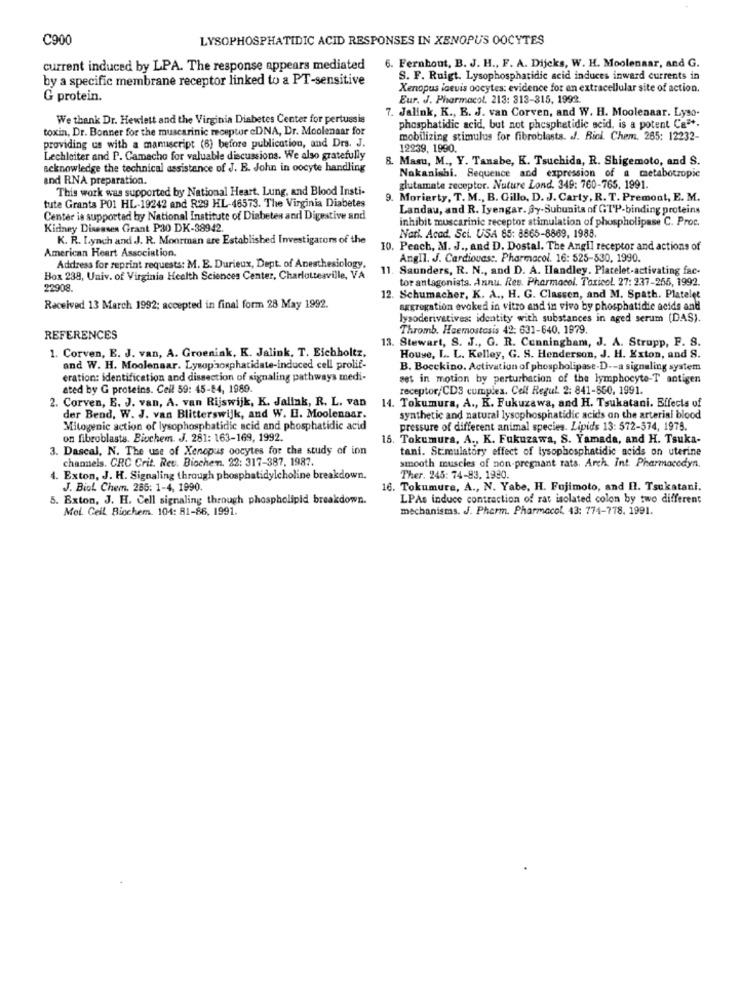
C900
LYSOPHOSPHATIDIC ACID RESPONSES IN XENOPUS OOCYTES
6. Fernhout, B. J. H ., F. A. Dijcks, W. H. Moolenaar, and G.
current induced by LPA. The response appears mediated
by a specific membrane receptor linked to a PT-sensitive
S. F. Ruigt. Lysophosphatidic acid induces inward currents in
Xenopus iceuis oocytes: evidence for an extracellular site of action.
G protein.
Eur. J. Pharmacol. 213: 313-315, 1992.
7. Jalink, K ., B. J. van Corven, and W. H. Moolenaar. Lyso.
We thank Dr. Hewlett and the Virginia Diabetes Center for pertussis
toxin, Dr. Bonner for the muscarinic receptor cDNA, Dr. Moolenaar for
phosphatidic acid, but not phesphetidie acid, is a potent Ca **.
mobilizing stimulus for fibroblasts. J. Bici. Chem. 265: 12232-
providing us with a mamiscript (6) before publication, and Drs. J.
12239, 1990.
Lechleiter and P. Camacho for valuable discussions. We also gratefully
8. Masu, M ., Y. Tanabe, K. Tsuchida, R. Shigemoto, and S.
acknowledge the technical assistance of J. E. John in oocyte handling
and RNA preparation.
Nakanishi. Sequence and expression of a metabotropic
This work was supported by National Heart. Lung, and Blood Insti-
glutamate receptor. Nature Lond. 349: 760-765. 1991.
9. Moriarty, T. M ., B. Gillo, D. J. Carty, R. T. Premont, E. M.
tute Grants POI HL-19242 and R29 HL-46573. The Virginia Diabetes
Landau, and R. Iyengar. Sy-Subunits of GTP-binding proteins
Center is supported by National Institute of Diabetes and Digestive and
inhibit muscarinic receptor stimulation of phospholipase C. Proc.
Kidney Diseases Grant P30 DK-38942
K. R. Lynch and J. R. Moorman are Established Investigators of the
Nati. Acad. Sci. USA 65: 8665-8869, 1988.
American Heart Association.
10. Peach, M. J ., and D. Dostal. The Angli receptor and actions of
AngIl. J. Cardiovasc. Pharmacol. 16: 525-530, 1990.
Address for reprint requests: M. E. Durieux, Dept. of Anesthesiology.
11. Saunders, R. N ., and D. A. Handley. Platelet-activating fac-
Box 238, Univ. of Virginia Health Sciences Center, Charlottesville, VA
tor antagonists. Annu. Res. Pharmacol. Toxicol 27: 237-265, 1992.
22908
12. Schumacher, K. A ., H. G. Classen, and M. Spath. Platelet
Received 13 March 1992; accepted in final form 28 May 1992.
aggregation evoked in vitro and in vivo by phosphatidie acids and
lysoderivatives: identity with substances in aged serum (DAS).
Thromb. Haemostasis 42: 631-640. 1979.
REFERENCES
13. Stewart, S. J ., G. R. Cunningham, J. A. Strupp, F. S.
1. Corven, E. J. van, A. Groeniak, K. Jalink, T. Eichholtz,
House, L. L. Kelley, G. S. Henderson, J. H. Exton, and S.
and W. H. Moolenaar. Lysophosphatidate-induced cell prolif-
B. Bocckino. Activation of phospholipase.D .- a signaling system
eration: identification and dissection of signaling pathways medi-
set in motion by perturbation of the lymphocyte-T antigen
ated by G proteins. Cell 59: 45-84, 1989.
receptor/CDS cumples. Cell Regul. 2: 841-850, 1991.
2. Corven, E. J. van, A. van Rijswijk, K. Jalink, R. L. van
14. Tokumura, A ., K. Fukuzawa, and H. Tsukatani. Effects of
der Bend, W. J. van Blitterswijk, and W. E. Moolenaar.
synthetic and natural lysophosphatidic acids on the arterial blood
Mitogenic action of lysophosphatidic acid and phosphatidic acid
pressure of different animal species. Lipids 13: 572-574, 1978.
on fibroblasts. Biochem. J. 281: 163-169, 1992.
15. Tokumura, A ., K. Fukuzawa, S. Yamada, and H. Tsuka-
3. Dascal, N. The use of Xenopus oocytes for the study of inn
tani. Stimulatory effect of lysophosphatidic acids on uterine
channels. CRC Crit. Rev. Biochem. 22: 317-387, 1987.
smooth muscles of non-pregnant rats. Arch. Int Pharmacodyn.
4. Exton, J. H. Signaling through phosphatidylcholine breakdown.
Ther. 245: 74-83, 1990.
J. Biol Chem. 265: 1-4, 1990.
16. Tokumure, A ., N. Yabe, H. Fujimoto, and Il. Tsukatani.
5. Exton, J. H. Cell signaling through phospholipid breakdown.
LPAs induce contraction of rat isolated colon by two different
Moi. Geil Biochem. 104: 81-86, 1991.
mechanisms. J. Pharm. Pharmacol. 43: 774-778. 1991.